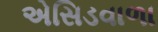
એસિડવાળા